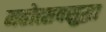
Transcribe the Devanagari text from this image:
महोत्सवसुद्धा